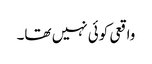
واقعی کوئی نہیں تھا۔